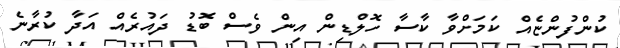
ކުންފުންޏެއް ކަމަށްވާ ކާސާ ހޮލްޑިން އިން ވެސް ބޮޑު ދައުރެއް އަދާ ކުރާނެ